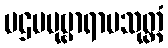
ပဌမပုဗ္ဗာရာမသုတ္တံ